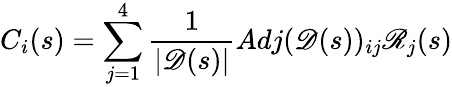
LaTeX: C_{i}(s)=\sum_{j=1}^{4}\frac{1}{|\mathscr{D}(s)|}Adj(\mathscr{D}(s))_{ij}\mathscr{R}_{j}(s)